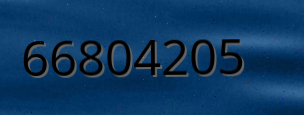
66804205